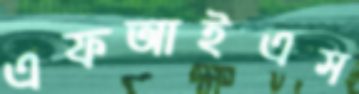
এফআইএস